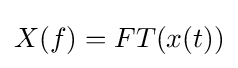
X(f)=FT(x(t))